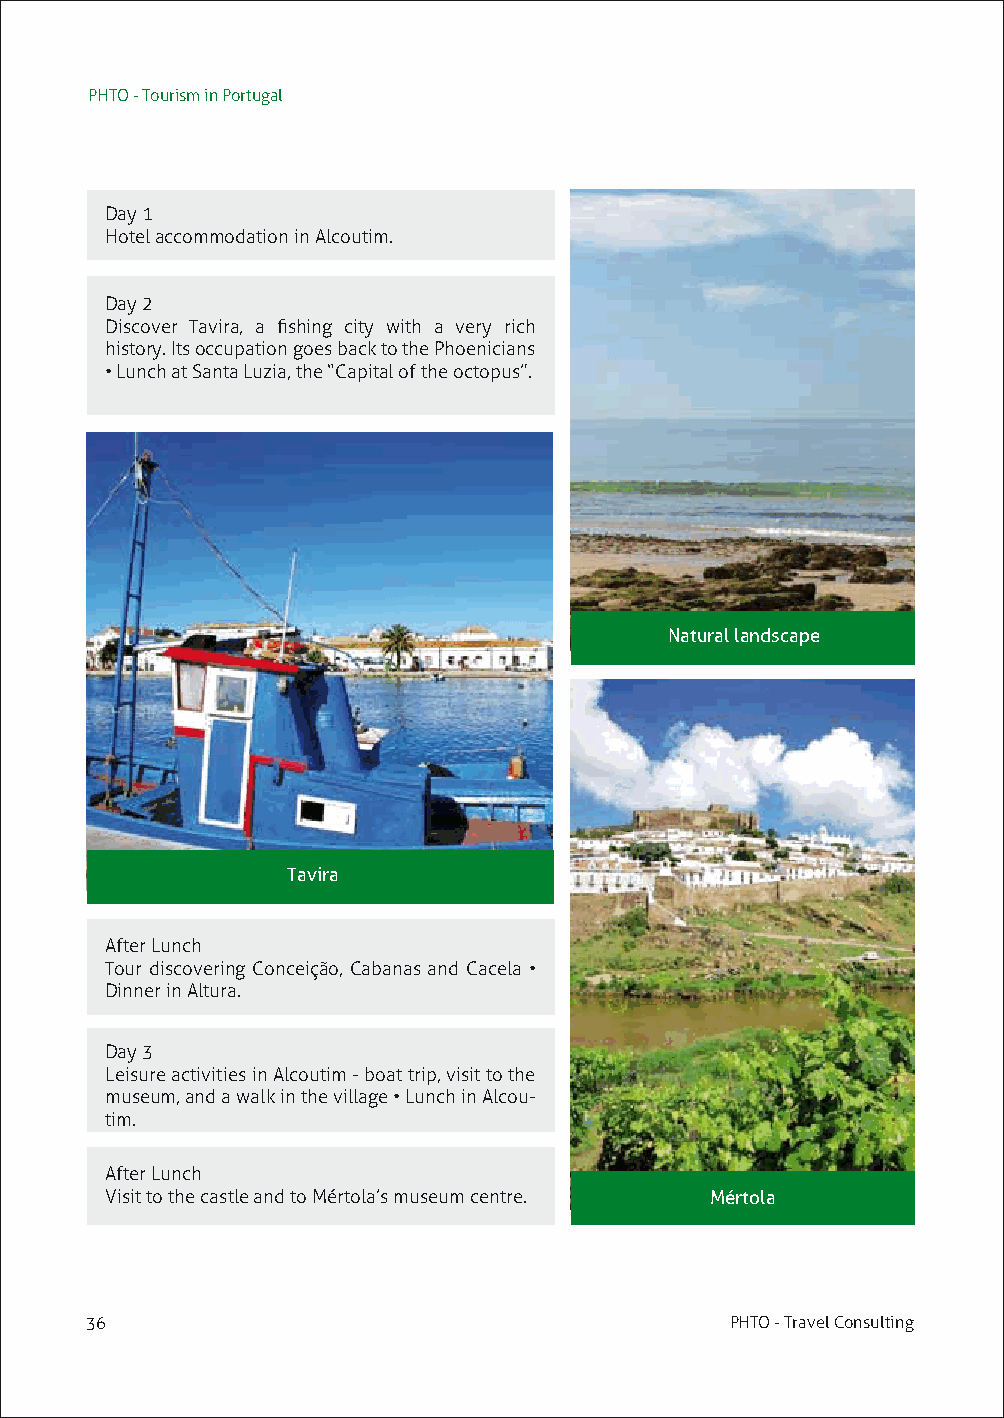
PHTO - Tourism in Portugal
 Day 1
 Hotel accommodation in Alcoutim.
 Day 2
 Discover Tavira, a fishing city with a very rich
 history. Its occupation goes back to the Phoenicians
 • Lunch at Santa Luzia, the “Capital of the octopus”.
 Natural landscape
 Tavira
 After Lunch
 Tour discovering Conceição, Cabanas and Cacela •
 Dinner in Altura.
 Day 3
 Leisure activities in Alcoutim - boat trip, visit to the
 museum, and a walk in the village • Lunch in Alcou-
 tim.
 After Lunch
 Visit to the castle and to Mértola’s museum centre. Mértola
 36                                        PHTO - Travel Consulting